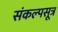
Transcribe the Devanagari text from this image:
संकल्पसूत्र